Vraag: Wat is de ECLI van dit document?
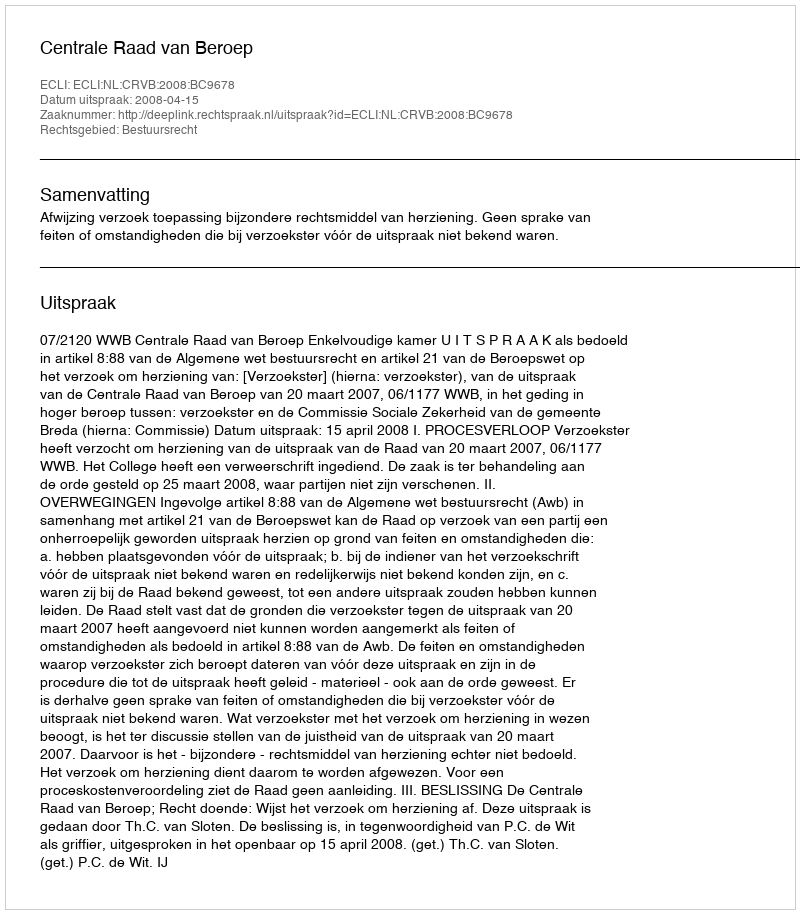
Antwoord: ECLI:NL:CRVB:2008:BC9678